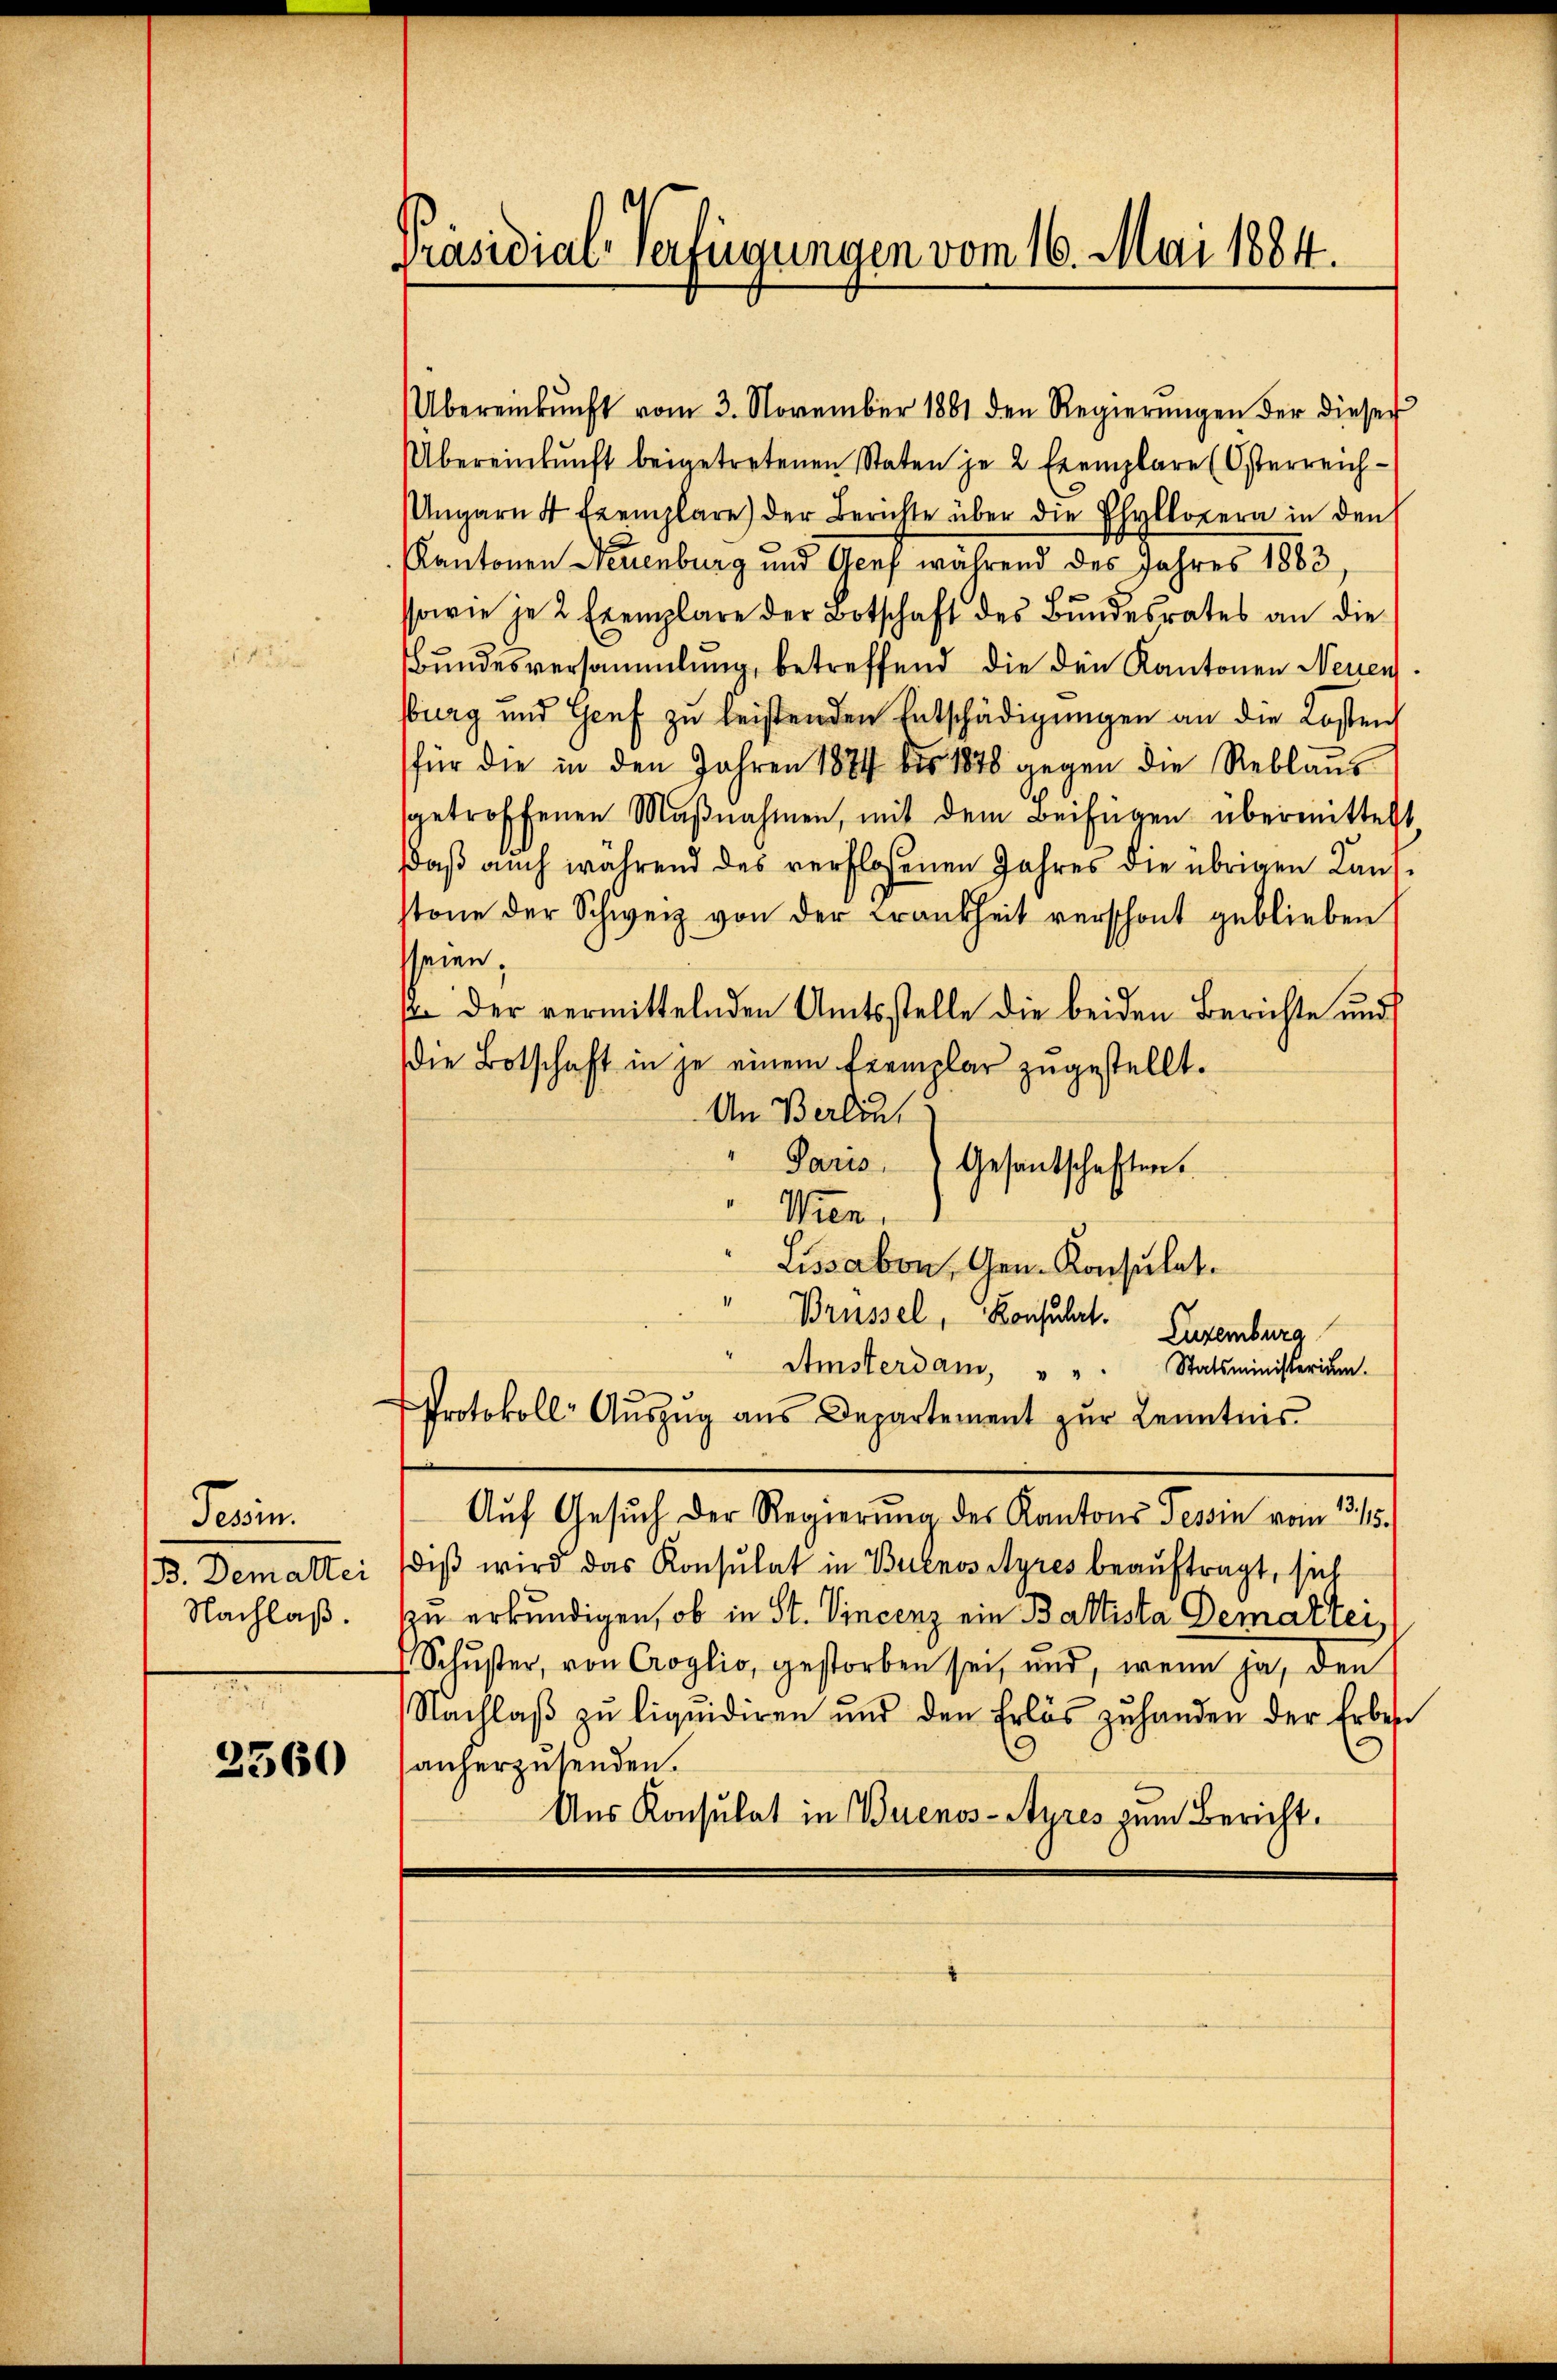
Fecim
B. Demattei
Nachlaß.

2560

Präsidial-Verfügungen vom 16. Mai 1884.

Übereinkŭnft vom 3. November 1881 den Regierŭngen der dieser
Übereinkunft beigetretenen Staten je 2 Exemplare (Österreich-
Ungarn 4 Exemplare der Berichte über die Ehyllopera in den
Kantonen Neuenburg und Acef während des Jahres 1883
ssowie je 2 Exemplare der Botschaft des Bŭndesrates an die
Bundesversammlung, betreffend die den Kantonen Neuen
burg und Genf zu leistenden Entschädigungen an die Kosten
für die in den Jahren 1884 bis 1878 gegen die Reblaŭs
sgetroffenen Maβnahmen, mit dem Beifügen übermittelt
daß auch während des verfloßenen Jahres die übrigen Kaufstone der Schweiz von der Frankheit verschont geblieben
seien;
p der vermittelnden Amtsstelle die beiden Berichte und
die Botschaft in je einem Exemplar zŭgestellt.
An Berleut
Paris Gesantschaften.
Wien.
Lissabon, Gen. Konsulat
Brüssel, Konsulat
Luxenburg
Amsterdam, " " Statsministerium.
Protokoll- Aŭszŭg aŭs Departement zŭr Kenntnis
Auf Gesuch der Regierung des Kantons Tessin vom 13. 15.
diβ wird das Konsulat in Buenos Ayres beauftragt, sich
zu erkundigen, ob in St. Vincenz ein Baltista Demartei¬
Schŭster, von Croglio, gestorben sei, und, wenn ja, den
Nachlaß zu liquidiren und den Erlös zŭ handen der Erbes
anherzusenden.
Ans Konsulat in Buenos-Ayres zum Bericht.